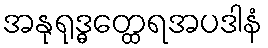
အနုရုဒ္ဓတ္ထေရအပဒါနံ